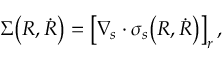
\Sigma \bigl ( R , \dot { R } \bigr ) = \left[ \nabla _ { s } \cdot \boldsymbol { \sigma } _ { s } \bigl ( R , \dot { R } \bigr ) \right] _ { r } ,